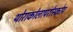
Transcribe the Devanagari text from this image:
थोराकोलापरोस्कोप